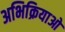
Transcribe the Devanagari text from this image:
अभिक्रियाओ